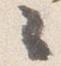
々